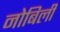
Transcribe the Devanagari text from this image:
नोबिली